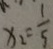
x _ { 2 } = \frac { 1 } { 5 }